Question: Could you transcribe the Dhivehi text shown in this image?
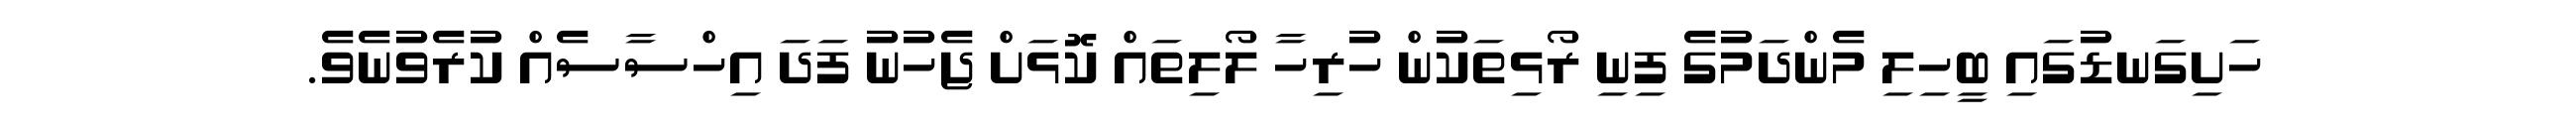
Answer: ހަށިގަނޑުގައި ބީހިލި މެންދަމުގެ ފިނި ރޯޅިތަކުން ހުރިހާ ލޯލިތައް ކޮޅަށް ޖެހުނު ފަދަ އިހްސާސެއް ކުރެވުނެވެ.